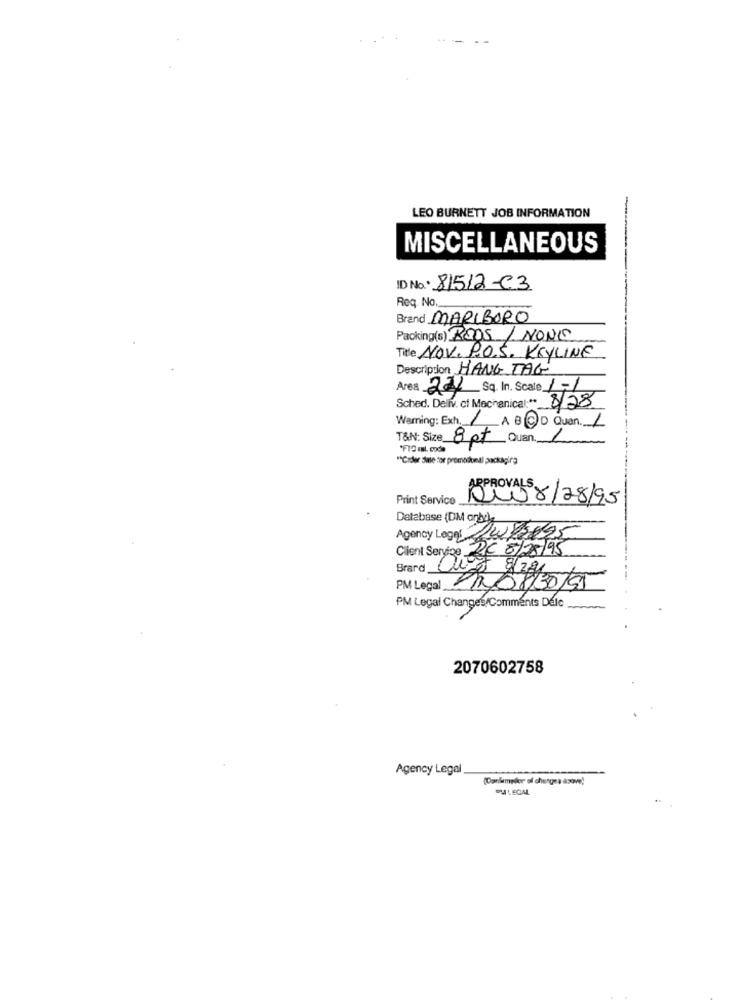
LEO BURNETT JOB INFORMATION
MISCELLANEOUS
ID No. 81512-C3
Req. No.
Brand MARLBORO
Packing(s) ROOS / NONIE
Title NOV. P.O.S. KRYLINE
Description HANG TAG
Area 221 Sq. In. Scale 1-1
Sched. Deliv. of Mechanical :* 828
Warming: Exh. 1 A B CD Quan. 1
T&N: Size 8 pt Quan 1
"Çıder date for promodomal packagira
Print Service
APPROVALS 8/28/95
Database (DM onby),
Agency Legal Zubres
PC 6/28/95
Client Service-
Brard_
PM Legal Changes/Comments Delc
2070602758
Agency Legal
(Oanlameller of changea dove)
DULEGAL